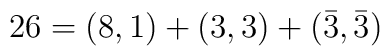
26=(8,1) +(3,3)+(\bar{3}, \bar{3})